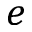
e